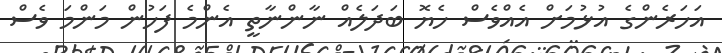
އަހަރެންގެ އުޅުމަށް އެއްވެސް ހެޔޮ ބަދަލެއް ނާންނާތީ އެންމެ ފަހުން މަންމަ ވެސް